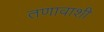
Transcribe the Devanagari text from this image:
तणावाशी